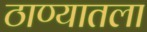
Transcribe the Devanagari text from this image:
ठाण्यातला